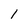
Character: 1